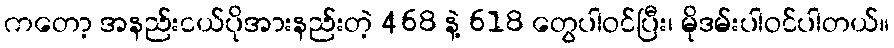
ကတော့ အနည်းငယ်ပိုအားနည်းတဲ့ 468 နဲ့ 618 တွေပါဝင်ပြီး၊ မိုဒမ်းပါဝင်ပါတယ်။